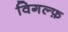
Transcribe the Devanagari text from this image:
विगल्फ़